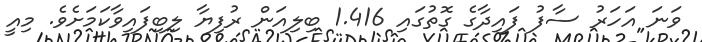
ވަނަ އަހަރު ސާފު ފައިދާގެ ގޮތުގައި 1.416 ބިލިއަން ރުފިޔާ ލިބިފައިވާކަމަށެވެ. މިއީ